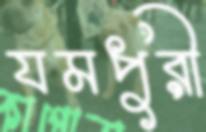
যমপুরী